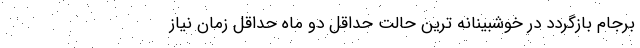
برجام بازگردد در خوشبینانه ترین حالت حداقل دو ماه حداقل زمان نیاز